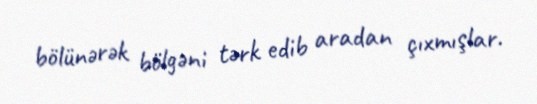
bölünərək bölgəni tərk edib aradan çıxmışlar.